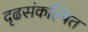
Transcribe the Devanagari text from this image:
दृढसंकल्पित